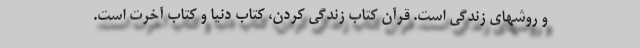
و روشهای زندگی است. قرآن کتاب زندگی کردن، کتاب دنیا و کتاب آخرت است.